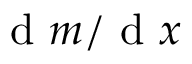
\textrm { d } m / \textrm { d } x